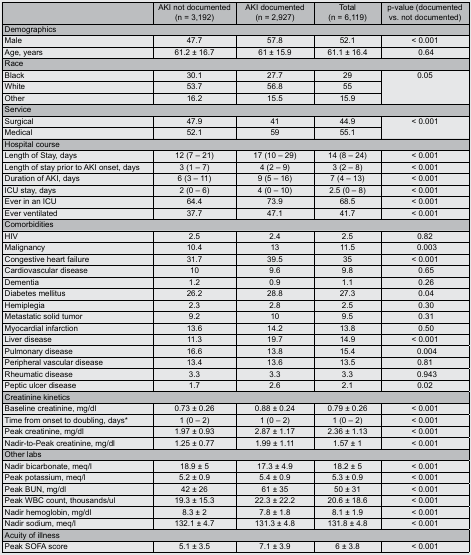
<table><thead><tr><td></td><td><b>AKI not documented (n = 3,192)</b></td><td><b>AKI documented (n = 2,927)</b></td><td><b>Total (n = 6,119)</b></td><td><b>p-value (documented vs. not documented)</b></td></tr></thead><tbody><tr><td colspan="5">Demographics</td></tr><tr><td>Male</td><td>47.7</td><td>57.8</td><td>52.1</td><td>&lt; 0.001</td></tr><tr><td>Age, years</td><td>61.2 ± 16.7</td><td>61 ± 15.9</td><td>61.1 ± 16.4</td><td> 0.64</td></tr><tr><td colspan="5">Race</td></tr><tr><td>Black</td><td>30.1</td><td>27.7</td><td>29</td><td rowspan="3">0.05</td></tr><tr><td>White</td><td>53.7</td><td>56.8</td><td>55</td></tr><tr><td>Other</td><td>16.2</td><td>15.5</td><td>15.9</td></tr><tr><td colspan="5">Service</td></tr><tr><td>Surgical</td><td>47.9</td><td>41</td><td>44.9</td><td rowspan="2">&lt; 0.001 </td></tr><tr><td>Medical</td><td>52.1</td><td>59</td><td>55.1</td></tr><tr><td colspan="5">Hospital course</td></tr><tr><td>Length of Stay, days</td><td>12 (7 – 21)</td><td>17 (10 – 29)</td><td>14 (8 – 24)</td><td>&lt; 0.001</td></tr><tr><td>Length of stay prior to AKI onset, days</td><td>3 (1 – 7)</td><td>4 (2 – 9)</td><td>3 (2 – 8)</td><td>&lt; 0.001</td></tr><tr><td>Duration of AKI, days</td><td>6 (3 – 11)</td><td>9 (5 – 16)</td><td>7 (4 – 13)</td><td>&lt; 0.001</td></tr><tr><td>ICU stay, days</td><td>2 (0 – 6)</td><td>4 (0 – 10)</td><td>2.5 (0 – 8)</td><td>&lt; 0.001</td></tr><tr><td>Ever in an ICU</td><td>64.4</td><td>73.9</td><td>68.5</td><td>&lt; 0.001</td></tr><tr><td>Ever ventilated</td><td>37.7</td><td>47.1</td><td>41.7</td><td>&lt; 0.001</td></tr><tr><td colspan="5">Comorbidities</td></tr><tr><td>HIV</td><td>2.5</td><td>2.4</td><td>2.5</td><td>0.82</td></tr><tr><td>Malignancy</td><td>10.4</td><td>13</td><td>11.5</td><td> 0.003</td></tr><tr><td>Congestive heart failure</td><td>31.7</td><td>39.5</td><td>35</td><td>&lt; 0.001</td></tr><tr><td>Cardiovascular disease</td><td>10</td><td>9.6</td><td>9.8</td><td> 0.65</td></tr><tr><td>Dementia</td><td>1.2</td><td>0.9</td><td>1.1</td><td> 0.26</td></tr><tr><td>Diabetes mellitus</td><td>26.2</td><td>28.8</td><td>27.3</td><td> 0.04</td></tr><tr><td>Hemiplegia</td><td>2.3</td><td>2.8</td><td>2.5</td><td> 0.30</td></tr><tr><td>Metastatic solid tumor</td><td>9.2</td><td>10</td><td>9.5</td><td> 0.31</td></tr><tr><td>Myocardial infarction</td><td>13.6</td><td>14.2</td><td>13.8</td><td> 0.50</td></tr><tr><td>Liver disease</td><td>11.3</td><td>19.7</td><td>14.9</td><td>&lt; 0.001</td></tr><tr><td>Pulmonary disease</td><td>16.6</td><td>13.8</td><td>15.4</td><td> 0.004</td></tr><tr><td>Peripheral vascular disease</td><td>13.4</td><td>13.6</td><td>13.5</td><td>0.81</td></tr><tr><td>Rheumatic disease</td><td>3.3</td><td>3.3</td><td>3.3</td><td> 0.943</td></tr><tr><td>Peptic ulcer disease</td><td>1.7</td><td>2.6</td><td>2.1</td><td>0.02</td></tr><tr><td colspan="5">Creatinine kinetics</td></tr><tr><td>Baseline creatinine, mg/dl</td><td>0.73 ± 0.26</td><td>0.88 ± 0.24</td><td>0.79 ± 0.26</td><td>&lt; 0.001</td></tr><tr><td>Time from onset to doubling, days*</td><td>1 (0 – 2)</td><td>1 (0 – 2)</td><td>1 (0 – 2)</td><td>&lt; 0.001</td></tr><tr><td>Peak creatinine, mg/dl</td><td>1.97 ± 0.93</td><td>2.87 ± 1.17</td><td>2.36 ± 1.13</td><td>&lt; 0.001</td></tr><tr><td>Nadir-to-Peak creatinine, mg/dl</td><td>1.25 ± 0.77</td><td>1.99 ± 1.11</td><td>1.57 ± 1</td><td>&lt; 0.001</td></tr><tr><td colspan="5">Other labs</td></tr><tr><td>Nadir bicarbonate, meq/l</td><td>18.9 ± 5</td><td>17.3 ± 4.9</td><td>18.2 ± 5</td><td>&lt; 0.001</td></tr><tr><td>Peak potassium, meq/l</td><td>5.2 ± 0.9</td><td>5.4 ± 0.9</td><td>5.3 ± 0.9</td><td>&lt; 0.001</td></tr><tr><td>Peak BUN, mg/dl</td><td>42 ± 26</td><td>61 ± 35</td><td>50 ± 31</td><td>&lt; 0.001</td></tr><tr><td>Peak WBC count, thousands/ul</td><td>19.3 ± 15.3</td><td>22.3 ± 22.2</td><td>20.6 ± 18.6</td><td>&lt; 0.001</td></tr><tr><td>Nadir hemoglobin, mg/dl</td><td>8.3 ± 2</td><td>7.8 ± 1.8</td><td>8.1 ± 1.9</td><td>&lt; 0.001</td></tr><tr><td>Nadir sodium, meq/l</td><td>132.1 ± 4.7</td><td>131.3 ± 4.8</td><td>131.8 ± 4.8</td><td>&lt; 0.001</td></tr><tr><td colspan="5">Acuity of illness</td></tr><tr><td>Peak SOFA score</td><td>5.1 ± 3.5</td><td>7.1 ± 3.9</td><td>6 ± 3.8</td><td>&lt; 0.001</td></tr></tbody></table>